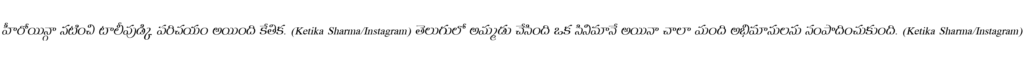
హీరోయిన్గా నటించి టాలీవుడ్కి పరిచయం అయింది కేతిక. (Ketika Sharma/Instagram) తెలుగులో అమ్మడు చేసింది ఒక సినిమానే అయినా చాలా మంది అభిమానులను సంపాదించుకుంది. (Ketika Sharma/Instagram)